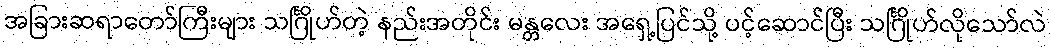
အခြားဆရာတော်ကြီးများ သင်္ဂြိုဟ်တဲ့ နည်းအတိုင်း မန္တလေး အရှေ့ပြင်သို့ ပင့်ဆောင်ပြီး သင်္ဂြိုဟ်လိုသော်လဲ